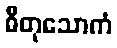
ဓီတုသောကံ